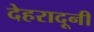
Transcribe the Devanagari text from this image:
देहरादूनी